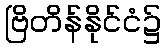
ဗြိတိန်နိုင်ငံ၌